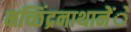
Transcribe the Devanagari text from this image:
मच्छिंद्रनाथानेेंे